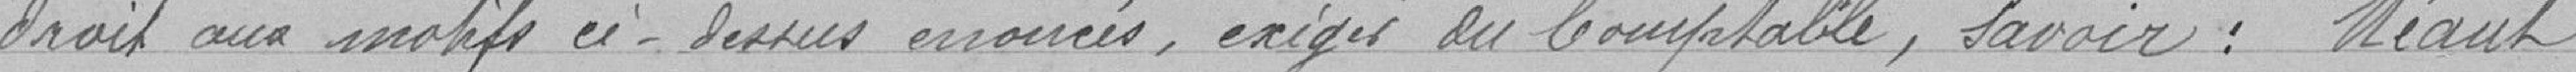
droit aux motifs ci-dessus noircis, exige du Comptable, savoir: Néant